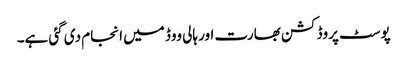
پوسٹ پروڈکشن بھارت اور ہالی ووڈ میں انجام دی گئی ہے۔